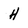
Character: H